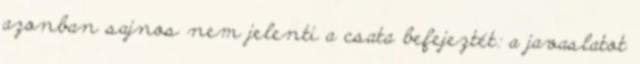
azonban sajnos nem jelenti a csata befejeztét: a javaslatot